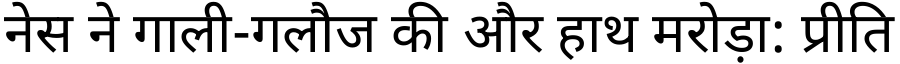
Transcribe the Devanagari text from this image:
नेस ने गाली-गलौज की और हाथ मरोड़ा: प्रीति